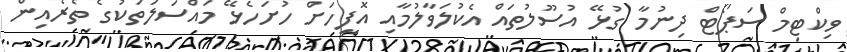
ވިކްޓިމް ސަޕޯޓް ދިނުމާ ގުޅޭ އުސޫލުތައް އެކުލަވާލުމާއި އޮފީހަށް ހުށަހެޅޭ މައްސަލަތަކުގެ ތެރެއިން